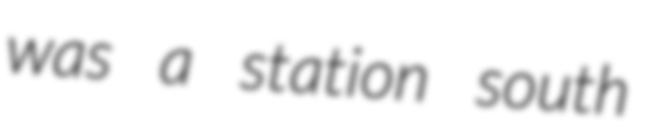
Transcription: was a station south